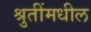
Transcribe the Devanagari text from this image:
श्रुतींमधील